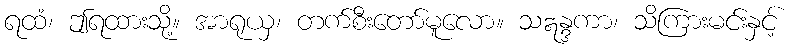
ရထံ၊ ဤရထားသို့။ အာရုယှ၊ တက်စီးတော်မူလော။ သဣန္ဒကာ၊ သိကြားမင်းနှင့်